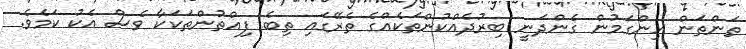
ތަންތަން ހިންގަމުން ގެންދަނީ ބިރުދެއްކުންތަކެއްގެ ތެރޭގައި ތިބެ ފިއްތުންތަކަކާ ވެސް އެކު ކަމެވެ.